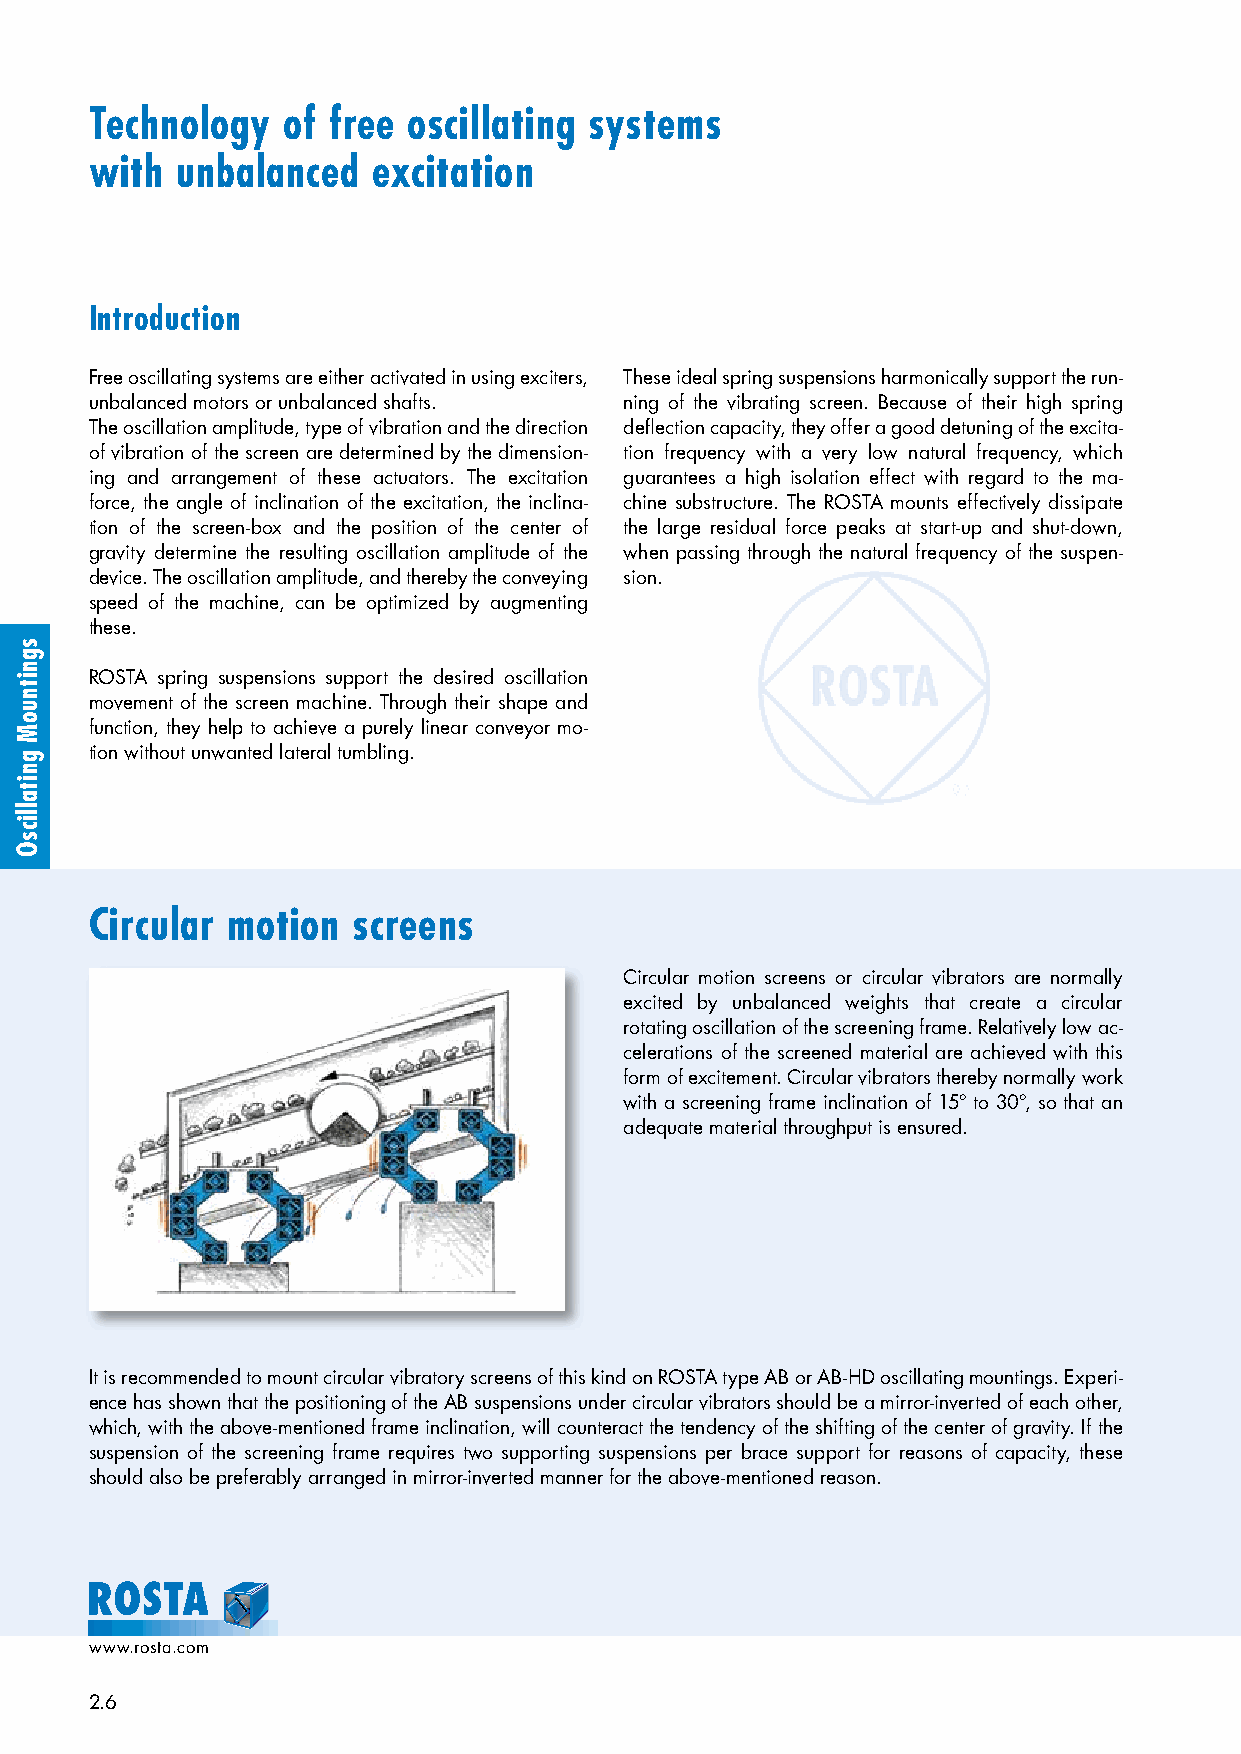
Technology   of free oscillating systems
 with  unbalanced   excitation
 Introduction
 Free oscillating systems are either activated in using exci ters, These ideal spring suspensions harmonically support the run-
 unbalanced motors or unbalanced shafts. ning of the vibrating screen. Because of their high spring
 The oscillation amplitude, type of vibration and the direction deflection capacity, they offer a good detuning of the excita-
 of vibration of the screen are determined by the dimension- tion frequency with a very low natural frequency, which
 ing and arrangement of these actuators. The excitation guarantees a high isolation effect with regard to the ma-
 force, the angle of inclination of the excitation, the inclina- chine substructure. The ROSTA mounts effectively dissipate
 tion of the screen-box and the position of the center of the large residual force peaks at start-up and shut-down,
 gravity determine the resulting oscillation amplitude of the when passing through the natural frequency of the suspen-
 device. The oscillation amplitude, and thereby the conveying sion.
 speed of the machine, can be optimized by augmenting
 these.
 ROSTA spring suspensions support the desired oscillation
 movement of the screen machine. Through their shape and
 function, they help to achieve a purely linear conveyor mo-
 tion without unwanted lateral tumbling.
 Circular motion  screens
 Circular motion screens or circular vibrators are normally
 excited by unbalanced weights that create a circular
 rotating oscillation of the screening frame. Relatively low ac-
 celerations of the screened material are achieved with this
 form of excitement. Circular vibrators thereby normally work
 with a screening frame inclination of 15° to 30°, so that an
 adequate material throughput is ensured.
 It is recommended to mount circular vibratory screens of this kind on ROSTA type AB or AB-HD oscillating mountings. Experi-
 ence has shown that the positioning of the AB suspensions under circular vibrators should be a mirror-inverted of each other,
 which, with the above-mentioned frame inclination, will counteract the tendency of the shifting of the center of gra vity. If the
 suspension of the screening frame requires two supporting suspensions per brace support for reasons of capacity, these
 should also be preferably arranged in mirror-inverted manner for the above-mentioned reason.
 www.rosta.com
 2.6
 sgnitnuoM
 gnitallicsO